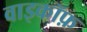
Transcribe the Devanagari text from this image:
वाइकॉफ़